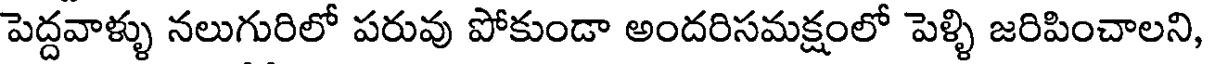
పెద్దవాళ్ళు నలుగురిలో పరువు పోకుండా అందరిసమక్షంలో పెళ్ళి జరిపించాలని,